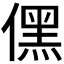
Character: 𠎁